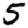
Digit: 5